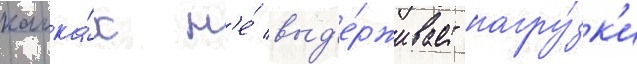
катка́х н'е́ выд'е́рживает нагру́зк'и